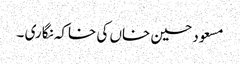
مسعود حسین خاں کی خاکہ نگاری ۔